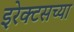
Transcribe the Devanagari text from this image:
इरेक्टसच्या